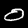
Label: 0